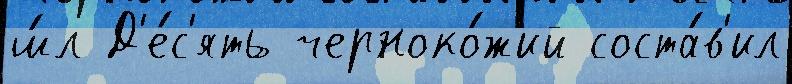
ш́л Д'е́с'ять черноко́жий соста́в'ил